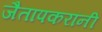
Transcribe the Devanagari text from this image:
जैतापकरांनी